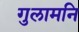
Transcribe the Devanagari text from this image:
गुलामनि